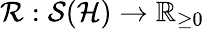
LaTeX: \mathcal{R}:\mathcal{S}(\mathcal{H})\rightarrow\mathbb{R}_{\ge 0}